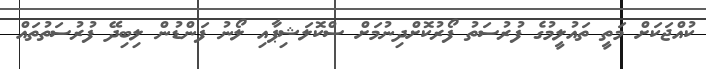
ކުއްޖަކަށް މަތީ ތައުލީމުގެ ފުރުސަތު ފޯރުކޮށްދިނުމަށް ސްކޮލަޝިޕާއި ލޯނު ފަންޑުން ލިބިދޭ ފުރުސަތުތައް